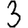
Digit: 3